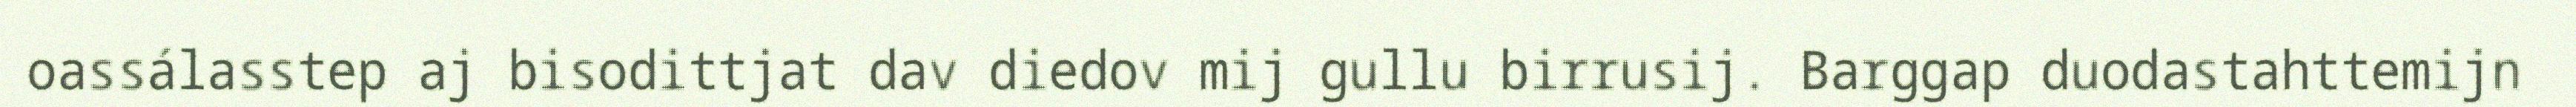
oassálasstep aj bisodittjat dav diedov mij gullu birrusij. Barggap duodastahttemijn